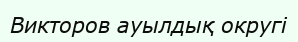
Викторов ауылдық округі